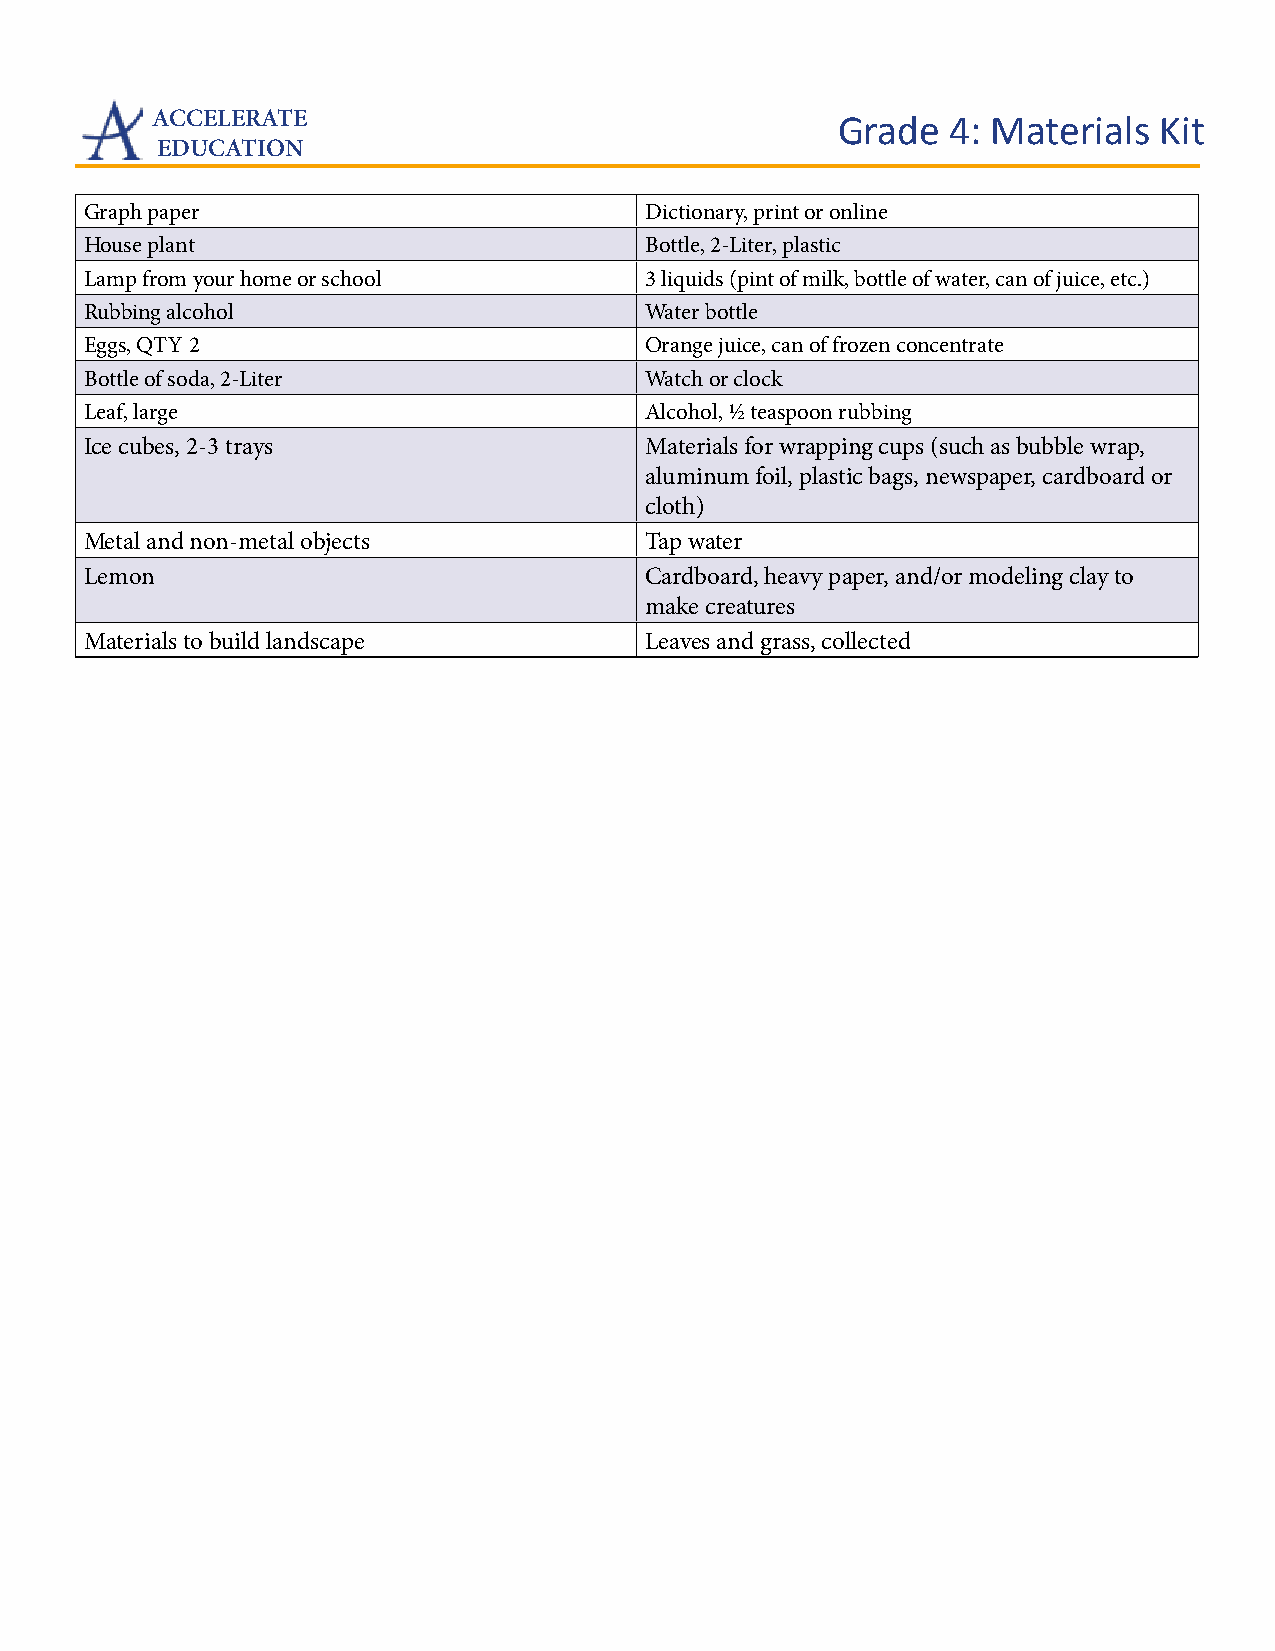
ACCELERATE                                   Grade   4: Materials  Kit
 EDUCATION
 Graph paper                          Dictionary, print or online
 House plant                          Bottle, 2-Liter, plastic
 Lamp from your home or school        3 liquids (pint of milk, bottle of water, can of juice, etc.)
 Rubbing alcohol                      Water bottle
 Eggs, QTY 2                          Orange juice, can of frozen concentrate
 Bottle of soda, 2-Liter              Watch or clock
 Leaf, large                          Alcohol, ½ teaspoon rubbing
 Ice cubes, 2-3 trays                 Materials for wrapping cups (such as bubble wrap,
 aluminum foil, plastic bags, newspaper, cardboard or
 cloth)
 Metal and non-metal objects          Tap water
 Lemon                                Cardboard, heavy paper, and/or modeling clay to
 make creatures
 Materials to build landscape         Leaves and grass, collected